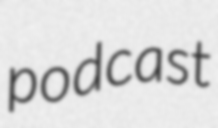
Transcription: podcast